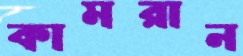
কামরান